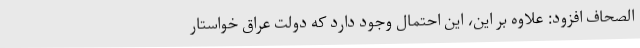
الصحاف افزود: علاوه بر این، این احتمال وجود دارد که دولت عراق خواستار